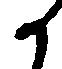
か